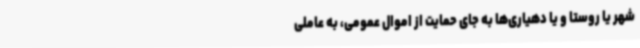
شهر یا روستا و یا دهیاری‌ها به جای حمایت از اموال عمومی، به عاملی